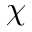
\chi